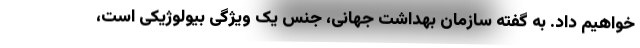
خواهیم داد. به گفته سازمان بهداشت جهانی، جنس یک ویژگی بیولوژیکی است،